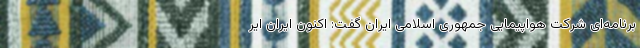
برنامه‌ای شرکت هواپیمایی جمهوری اسلامی ایران گفت: اکنون ایران ایر